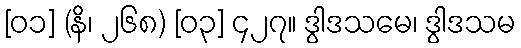
[၀၁] (နိ၊ ၂၆၈) [၀၃] ၄၂၇။ ဒွါဒသမေ၊ ဒွါဒသမ